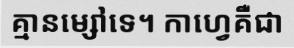
គ្មានម្សៅទេ។ កាហ្វេគឺជា